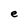
Character: e